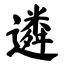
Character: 遴